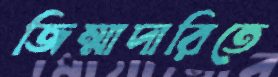
জিম্মাদারিতে